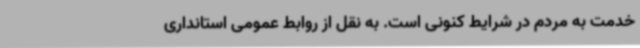
خدمت به مردم در شرایط کنونی است. به نقل از روابط عمومی استانداری